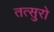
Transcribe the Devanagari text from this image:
तत्सुरो